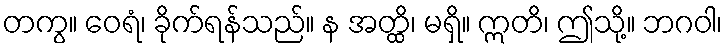
တကွ။ ဝေရံ၊ ခိုက်ရန်သည်။ န အတ္ထိ၊ မရှိ။ ဣတိ၊ ဤသို့။ ဘဂဝါ၊